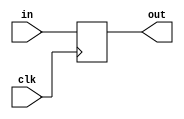
module dflipflop(clk,in,out);
input in,clk;
wire in,clk;
output out;
reg out;
always @(posedge clk)
		begin
		out <= in; 
		end
endmodule

module lookuptable(inp,outp);
reg look[7:0];
input[2:0] inp;
output outp;
reg outp;
wire[2:0] inp;
initial begin
look[0] = 1;look[1] = 1;look[2] = 1;look[3]=1;look[4] = 1;look[5]=1;look[6]=1;look[7]=1;
end
always @(inp)
		begin
outp = look[inp];
end
endmodule

module mux8(select,in0,in1,in2,in3,in4,in5,in6,in7,out);
input in0,in1,in2,in3,in4,in5,in6,in7;
input [2:0]select;
output out;
reg out;
always @(select or in0 or in1 or in2 or in3 or in4 or in5 or in6 or in7)
		begin
		case(select)
		000: out = in0;
		001: out = in1;
		010: out = in2;
		011: out = in3;
		100: out = in4;
		101: out = in5;
		110: out = in6;
		111: out = in7;
		endcase
		end
endmodule

module mult(inpu1,inpu2,outpu);
input inpu1,inpu2;
output outpu;
reg outpu;
wire inpu1,inpu2;
always @(inpu1 or inpu2)
		begin
			outpu = inpu1 * inpu2;
		end
endmodule

module adder(i1,i2,sum);
input i1,i2;
output sum;
wire i1,i2;
reg sum;
always @(i1 or i2)
		begin 
		sum = i1 + i2;
		end
endmodule

module control(in1,clk,ou);
input clk,in1;
output ou;
wire in1,clk;
wire w1,w2,w3,w4,w5,w6,w7,w8,o;
wire out;
reg ou;
reg [2:0]select;
dflipflop d1(clk,in1,w1);
dflipflop d2(clk,w1,w2);
dflipflop d3(clk,w2,w3);
dflipflop d4(clk,w3,w4);
dflipflop d5(clk,w4,w5);
dflipflop d6(clk,w5,w6);
dflipflop d7(clk,w6,w7);
dflipflop d8(clk,w7,w8);
mux8 mu1(select,w1,w2,w3,w4,w5,w6,w7,w8,out);
lookuptable l1(select,mu);
mult m(out,mu,mul);
adder a1(mul,o,o);
initial begin
select = 0;
$monitor($time," %d",select);
end
always @(*)
		begin
		select = (select)%8;
		select = select + 1;
		end
always @(*)
		begin
		ou = o;
		end
endmodule

module top;
reg clk,in;
wire out;
control c1(in,clk,ou);
always @(*)
		begin
#5 clk <= ~clk;
		end
initial begin
clk = 0;
#5 in = 1;
#10 in = 0;
#10 in = 1;
#10 in = 0;
#10 in = 1;
#10 in = 0;
#10 in = 1;
#10 in = 1;
end
endmodule